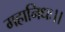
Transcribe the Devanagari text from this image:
महानिधः।।